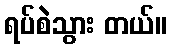
ရပ်စဲသွား တယ်။